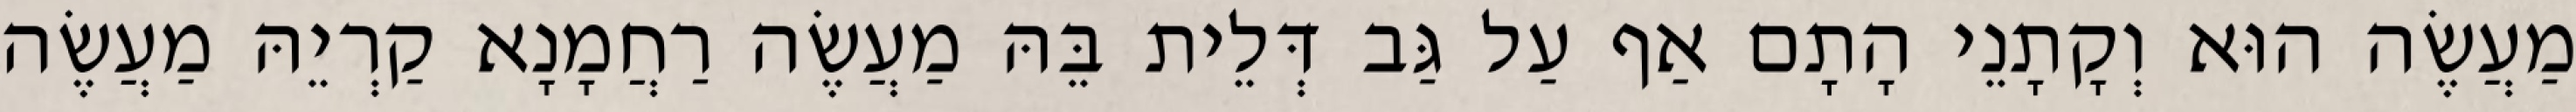
מַעֲשֶׂה הוּא וְקָתָנֵי הָתָם אַף עַל גַּב דְּלֵית בֵּהּ מַעֲשֶׂה רַחֲמָנָא קַרְיֵהּ מַעֲשֶׂה